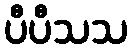
ပီပီသသ